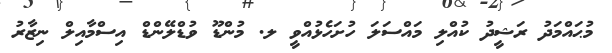
މުޙައްމަދު ރަޝީދު ކުއްލި މައްސަލަ ހުށަހެޅުއްވީ ލ. މުންޑޫ ވުޑްލޭންޑް އިސްމާއިލް ނިޒާރު